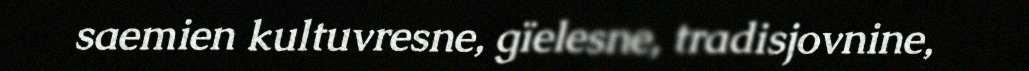
saemien kultuvresne, gïelesne, tradisjovnine,